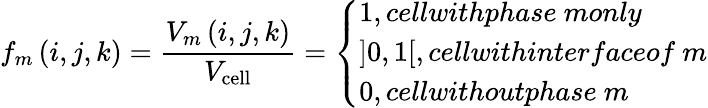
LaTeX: f_{m}\left(i,j,k\right)=\frac{V_{m}\left(i,j,k\right)}{V_{\mathrm{cell}}}=\left\{ \begin{array}{ll}{1,cellwithphase~monly}\\ {\left]0,1\right[,cellwithinterfaceof~m}\\ {0,cellwithoutphase~m}\end{array}\right.